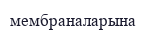
мембраналарына